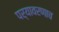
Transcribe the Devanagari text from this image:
पर्यावरणाच